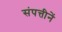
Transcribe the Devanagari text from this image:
संपत्तीनें